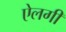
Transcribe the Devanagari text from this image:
ऐलगी